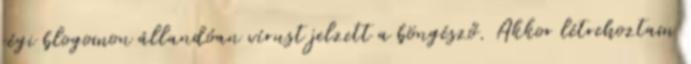
régi blogomon állandóan vírust jelzett a böngésző. Akkor létrehoztam